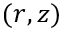
( r , z )